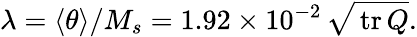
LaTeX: \lambda=\langle\theta\rangle/M_{s}=1.92\times 10^{-2}\, \sqrt{{\, \mathrm{tr\, }}Q}.